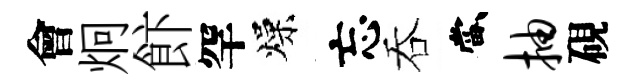
會炯飰罕燥忘吞當抽硯